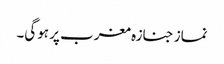
نماز جنازہ مغرب پر ہوگی۔